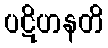
ပဋိဟနတိ